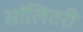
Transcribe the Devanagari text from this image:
सॉलिटरी